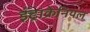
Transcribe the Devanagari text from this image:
इंट्राक्रेनियल